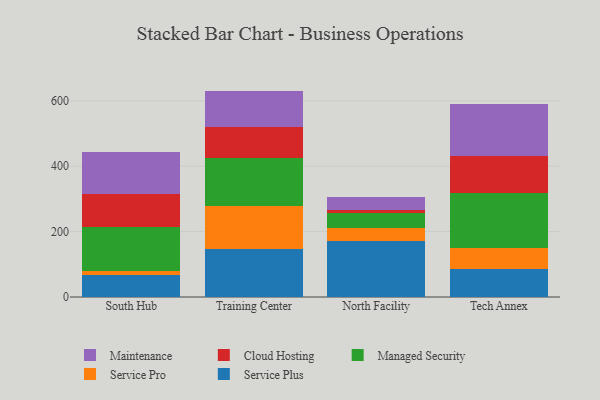
{"axis": {"x": "Campus", "y": "Net Income (USD K)"}, "legend": ["Cloud Hosting", "Maintenance", "Managed Security", "Service Plus", "Service Pro"], "data": [{"x": "South Hub", "y": 67.7, "type": "Service Plus"}, {"x": "South Hub", "y": 10.6, "type": "Service Pro"}, {"x": "South Hub", "y": 135.4, "type": "Managed Security"}, {"x": "South Hub", "y": 100.9, "type": "Cloud Hosting"}, {"x": "South Hub", "y": 128.6, "type": "Maintenance"}, {"x": "Training Center", "y": 147.4, "type": "Service Plus"}, {"x": "Training Center", "y": 131.1, "type": "Service Pro"}, {"x": "Training Center", "y": 145.8, "type": "Managed Security"}, {"x": "Training Center", "y": 95.1, "type": "Cloud Hosting"}, {"x": "Training Center", "y": 111.2, "type": "Maintenance"}, {"x": "North Facility", "y": 170.2, "type": "Service Plus"}, {"x": "North Facility", "y": 39.8, "type": "Service Pro"}, {"x": "North Facility", "y": 46.4, "type": "Managed Security"}, {"x": "North Facility", "y": 9.1, "type": "Cloud Hosting"}, {"x": "North Facility", "y": 39.8, "type": "Maintenance"}, {"x": "Tech Annex", "y": 87.1, "type": "Service Plus"}, {"x": "Tech Annex", "y": 62.7, "type": "Service Pro"}, {"x": "Tech Annex", "y": 168.6, "type": "Managed Security"}, {"x": "Tech Annex", "y": 114.1, "type": "Cloud Hosting"}, {"x": "Tech Annex", "y": 157.5, "type": "Maintenance"}]}